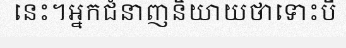
នេះ។អ្នកជំនាញនិយាយថាទោះបី